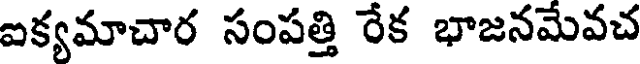
ఐక్యమాచార సంపత్తి రేక భాజనమేవచ